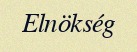
Elnökség